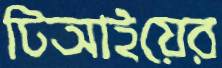
টিআইয়ের